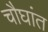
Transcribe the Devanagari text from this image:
चौघांत